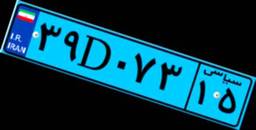
۳۹D۰۷۳۱۵